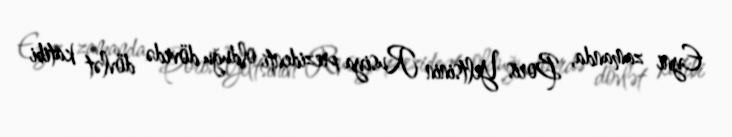
Eyni zamanda, Boris Yeltsinin Rusiya prezidenti olduğu dövrdə dövlət katibi